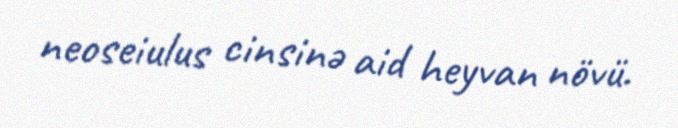
neoseiulus cinsinə aid heyvan növü.